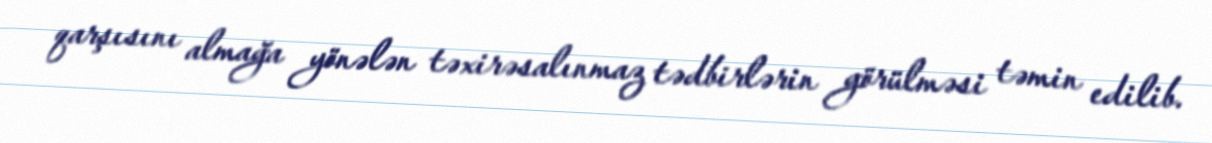
qarşısını almağa yönələn təxirəsalınmaz tədbirlərin görülməsi təmin edilib.